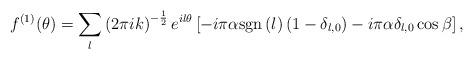
LaTeX: \begin{align*}f^{\left( 1\right) }(\theta )=\sum_{l}\left( 2\pi ik\right) ^{-\frac{1}{2}}e^{il\theta }\left[ -i\pi\alpha \mathrm{sgn}\left( l\right) \left( 1-\delta _{l,0}\right) -i\pi \alpha \delta_{l,0}\cos\beta\right],\end{align*}